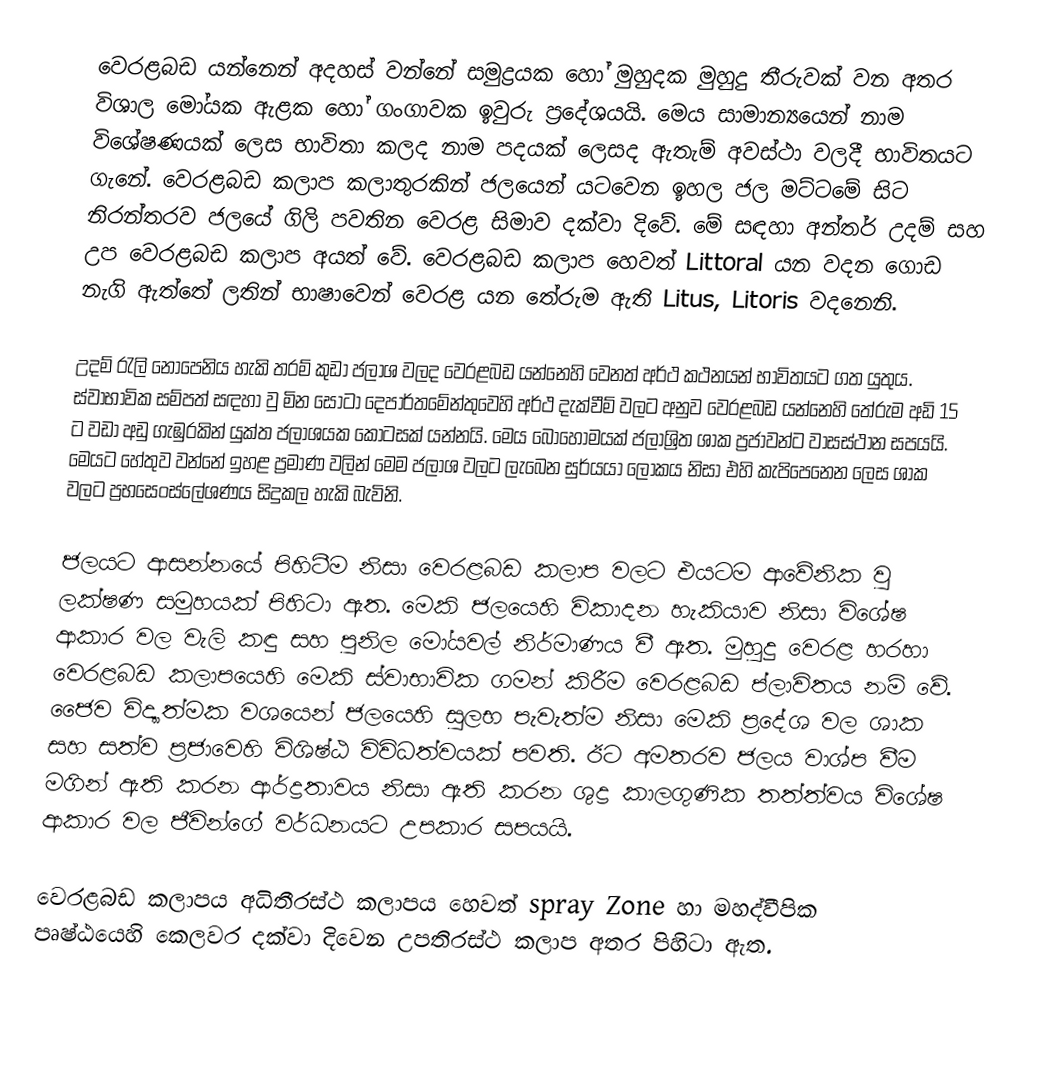
වෙරළබඩ යන්නෙන් අදහස් වන්නේ සමුද්‍රයක හෝ මුහුදක මුහුදු තීරුවක් වන අතර විශාල මෝයක ඇළක හෝ ගංගාවක ඉවුරු ප්‍රදේශයයි. මෙය සාමාන්‍යයෙන් නාම විශේෂණයක් ලෙස භාවිතා කලද නාම පදයක් ලෙසද ඇතැම් අවස්ථා වලදී භාවිතයට ගැනේ. වෙරළබඩ කලාප කලාතුරකින් ජලයෙන් යටවෙන ඉහල ජල මට්ටමේ සිට  නිරන්තරව ජලයේ ගිලි පවතින වෙරළ සිමාව දක්වා දිවේ. මේ සඳහා අන්තර් උදම් සහ උප වෙරළබඩ කලාප අයත් වේ. වෙරළබඩ කලාප හෙවත් Littoral යන වදන ගොඩ නැගි ඇත්තේ ලතින් භාෂාවෙන් වෙරළ යන තේරුම ඇති Litus, Litoris වදනෙනි.

උදම් රැලි නො‍පෙනිය හැකි තරම් කුඩා ජලාශ වලද වෙරළබඩ යන්නෙහි වෙනත් අර්ථ කථනයන් භාවිතයට ගත යුතුය. ස්වාභාවික සම්පත් සඳහා වු මින සෝටා දෙපාර්තමේන්තුවෙහි අර්ථ දැක්වීම් වලට අනුව වෙරළබඩ යන්නෙහි තේරුම අඩි 15 ට වඩා අඩු ගැඹුරකින් යුක්ත ජලාශයක කොටසක් යන්නයි. මෙය බොහෝමයක් ජලාශ්‍රිත ශාක ප්‍රජාවන්ට වාසස්ථාන සපයයි. මෙයට හේතුව වන්නේ ඉහළ ප්‍රමාණ වලින් මෙම ජලාශ වලට ලැබෙන සුර්යයා ලෝකය නිසා එහි කැපිපෙනෙන ලෙස ශාක වලට ප්‍රභසෙංස්ලේශණය සිදුකල හැකි බැවිනි.

ජලයට ආසන්නයේ පිහිටීම නිසා වෙරළබඩ කලාප වලට එයටම ආවේනික වු ලක්ෂණ සමුහයක් පිහිටා ඇත. මෙකි ජලයෙහි විකාදන හැකියාව නිසා විශේෂ ආකාර වල වැලි කඳු සහ පුනිල මෝයවල් නිර්මාණය වී ඇත. මුහුදු වෙරළ හරහා වෙරළබඩ කලාපයෙහි මෙකි ස්වාභාවික ගමන් කිරීම වෙරළබඩ ප්ලාවිතය නම් වේ. ජෛව විද්‍යාත්මක වශයෙන් ජලයෙහි සුලභ පැවැත්ම නිසා මෙකි ප්‍රදේශ වල ශාක සහ සත්ව ප්‍රජාවෙහි විශිෂ්ඨ විවිධත්වයක් පවති. ඊට අමතරව ජලය වාශ්ප වීම මගින් ඇති කරන ආර්ද්‍රතාවය නිසා‍ ඇති කරන ශුද්‍ර කාලගුණික තත්ත්වය විශේෂ ආකාර වල ජීවින්ගේ වර්ධනයට උපකාර සපයයි.

වෙරළබඩ කලාපය අධිතීරස්ථ කලාපය හෙවත් spray Zone හා මහද්වීපික පෘෂ්ඨයෙහි කෙලවර දක්වා දිවෙන උපතිරස්ථ කලාප අතර පිහිටා ඇත.